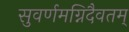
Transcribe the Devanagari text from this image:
सुवर्णमग्निदैवतम्